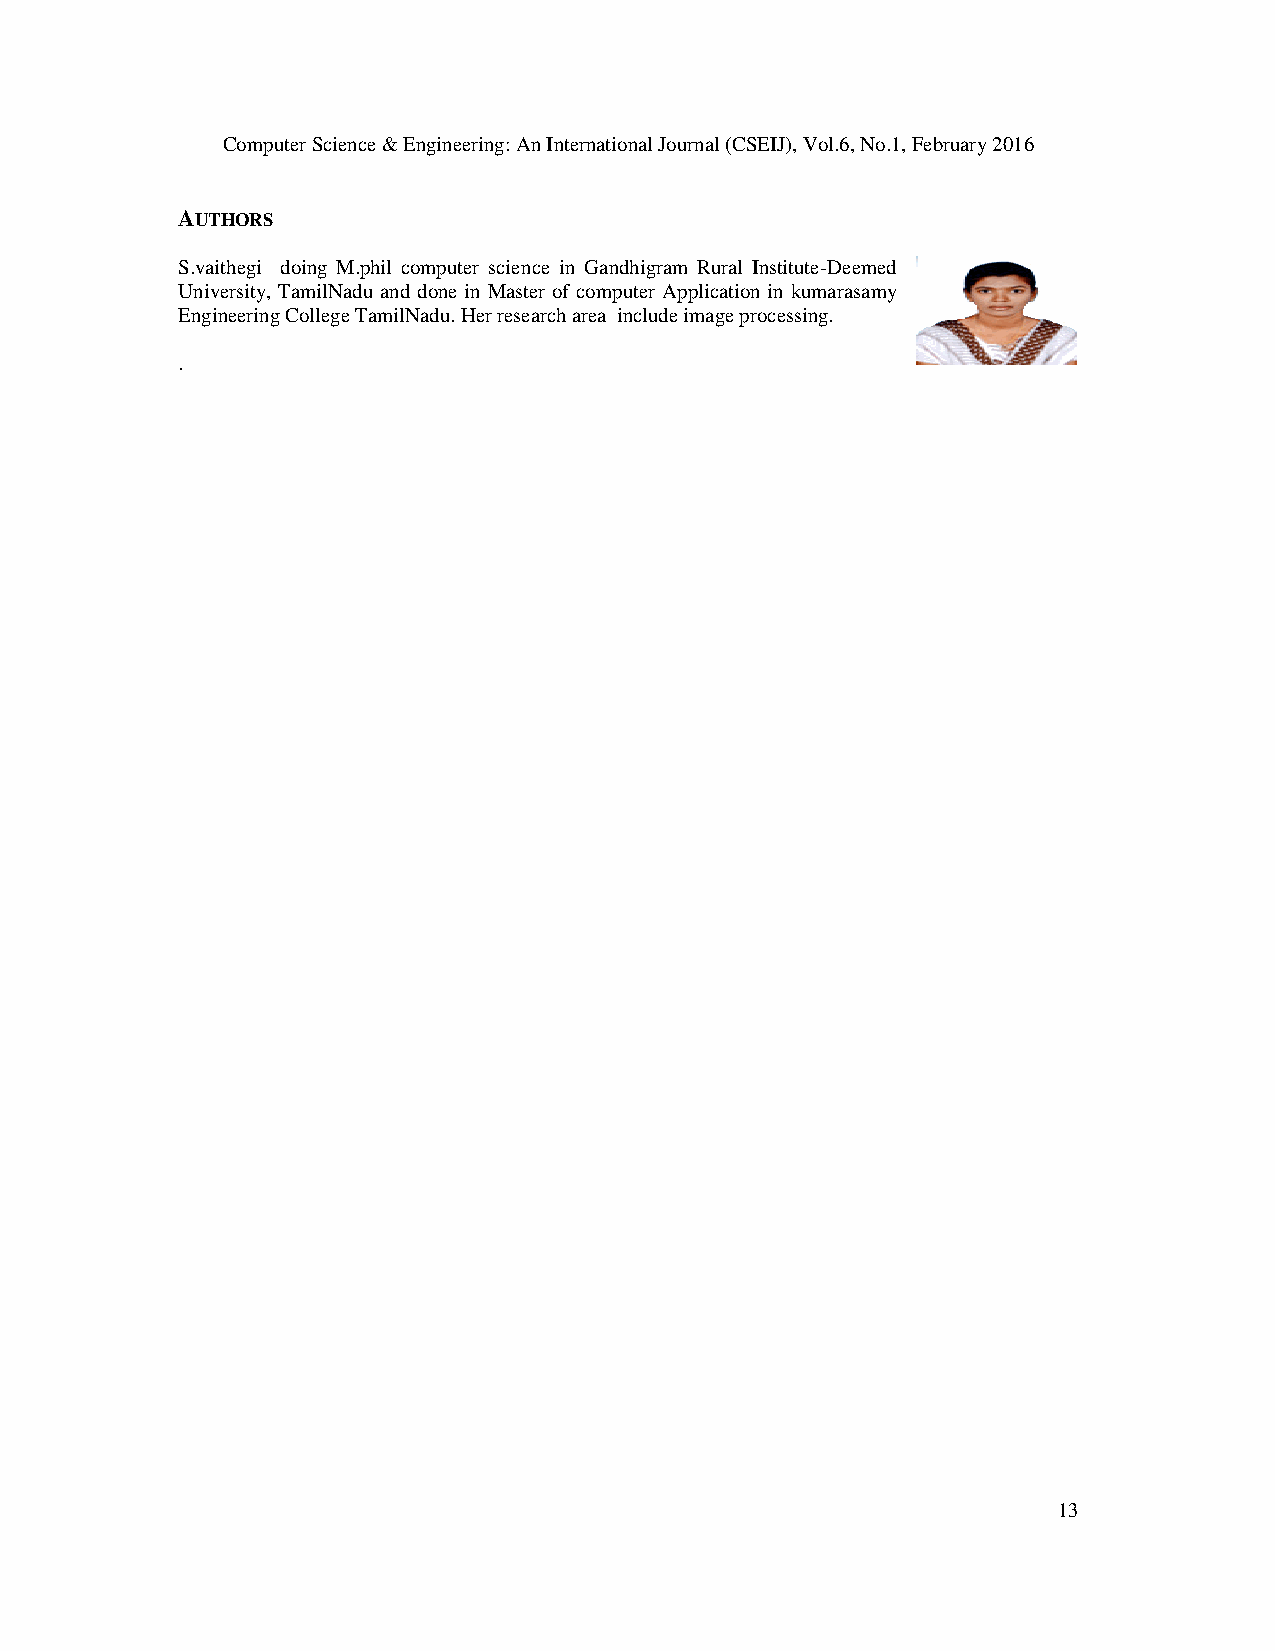
Computer Science & Engineering: An International Journal (CSEIJ), Vol.6, No.1, February 2016
 AUTHORS
 S.vaithegi doing M.phil computer science in Gandhigram Rural Institute-Deemed
 University, TamilNadu and done in Master of computer Application in kumarasamy
 Engineering College TamilNadu. Her research area include image processing.
 .
 13